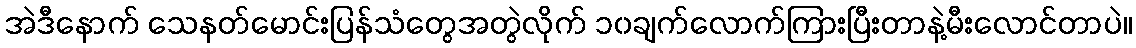
အဲဒီနောက် သေနတ်မောင်းပြန်သံတွေအတွဲလိုက် ၁၀ချက်လောက်ကြားပြီးတာနဲ့မီးလောင်တာပဲ။